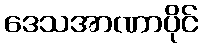
ဒေသအာဏာပိုင်